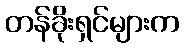
တန်ခိုးရှင်များက